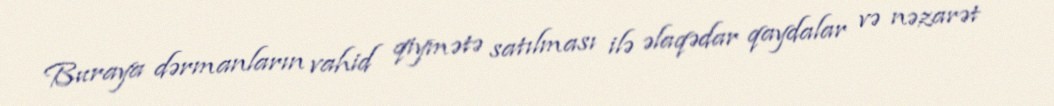
Buraya dərmanların vahid qiymətə satılması ilə əlaqədar qaydalar və nəzarət